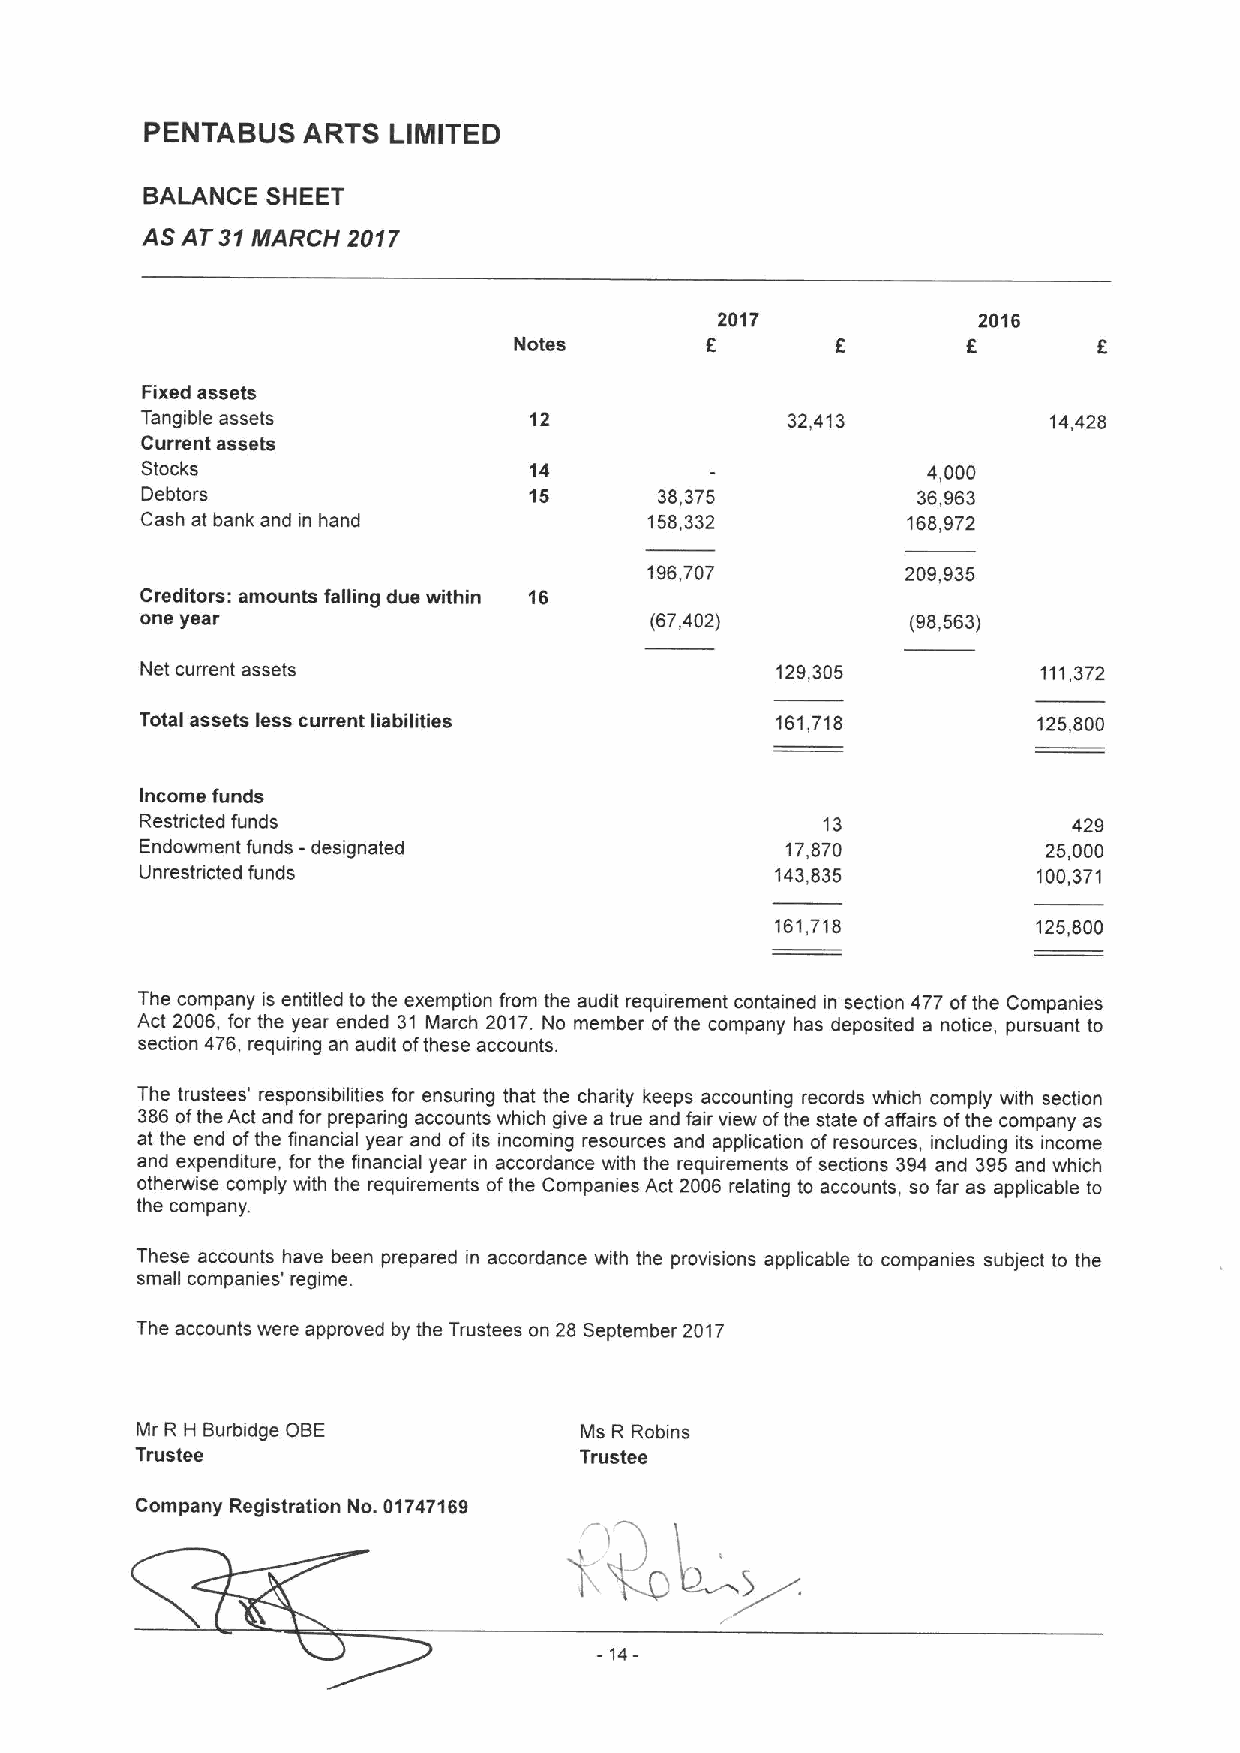
PENTABUS  ARTS  LIMITED
 BALANCE  SHEET
 AS AT 31NfARCH 2017
 2017             2016
 Notes        6                6
 Fixed assets
 Tangible assets           12               32,413            14,428
 Current assets
 Stocks                    14                        4,000
 Debtors                   15       38,375           36,963
 Cash at bank and in hand          158,332          168,972
 196,707          209,935
 Creditors: amounts falling due within 16
 one year                          (67,402)         (98,563)
 Net current assets                        129,305           111,372
 Total assets less current liabilities     161,718           125,800
 Income funds
 Restricted funds                             13               429
 Endowment funds -designated                17,870           25,000
 Unrestricted funds                        143,835           100,371
 161,718           125,800
 The company is entitled to the exemption from the audit requirement contained in section 477 ofthe Companies
 Act 2006, for the year ended 31 March 2017.No member ofthe company has deposited a notice, pursuant to
 section 476, requiring an audit ofthese accounts.
 The trustees' responsibilities for ensuring that the charity keeps accounting records which comply with section
 386ofthe Act and for preparing accounts which give a true and fair view ofthe state ofaffairs ofthe company as
 at the end ofthe financial year and of its incoming resources and application of resources, including its income
 and expenditure, for the financial year in accordance with the requirements of sections 394 and 395 and which
 otherwise comply with the requirements ofthe Companies Act 2006 relating to accounts, so far as applicable to
 the company.
 These accounts have been prepared in accordance with the provisions applicable to companies subject to the
 small companies' regime.
 The accounts were approved by the Trustees on 28 September 2017
 Mr R H Burbidge OBE          Ms R Robins
 Trustee                      Trustee
 Company Registration No. 01747169
 -14-